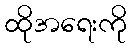
ထိုအရေးကို